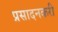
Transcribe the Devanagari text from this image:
प्रसादनकरी